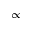
\propto